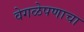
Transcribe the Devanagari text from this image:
वेगळेपणाचा